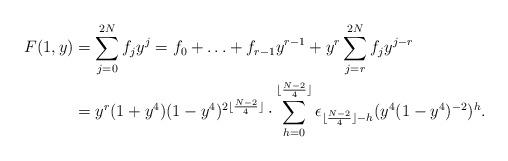
LaTeX: \begin{align*}F(1,y)&=\sum_{j=0}^{2N} f_j y^j = f_0+\ldots+f_{r-1}y^{r-1}+y^r\sum_{j=r}^{2N}f_jy^{j-r}\\&=y^r(1+ y^4)(1-y^4)^{2\lfloor \frac{N-2}{4}\rfloor}\cdot \sum_{h=0}^{\lfloor \frac{N-2}{4}\rfloor} \epsilon_{\lfloor\frac{N-2}{4}\rfloor -h} (y^{4} (1-y^4)^{-2})^h.\end{align*}